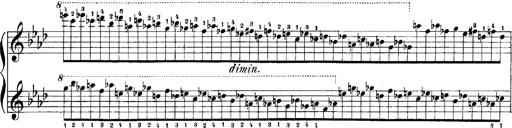
Title: LiebestrÃ¤ume
Composer: Franz Behr
Key: E-flat major